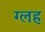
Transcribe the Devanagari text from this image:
ग्लह